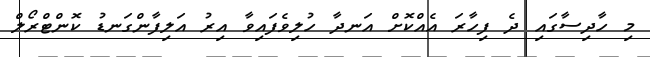
މި ހާދިސާގައި ދެ ފިހާރަ އެއްކޮށް އަނދާ ހުލިވެފައިވާ އިރު އަލިފާންގަނޑު ކޮންޓްރޯލް